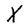
Character: X